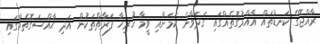
ރާއްޖޭގެ ކަނޑުތައް އާއްމުގޮތެއްގައި ގަދަވާނެ ކަމަށާއި ވީމާ ހުރިހާ ފަރާތްތަކުން އަދި ޙާއްސަގޮތެއްގައި